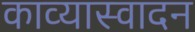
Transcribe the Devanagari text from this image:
काव्यास्वादन